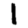
Digit: 1